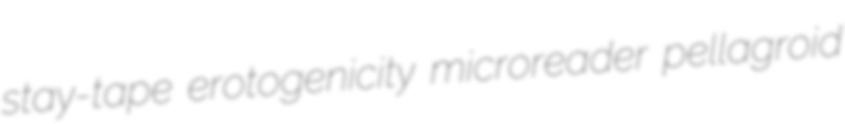
stay-tape erotogenicity microreader pellagroid